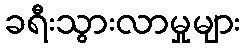
ခရီးသွားလာမှုများ